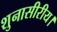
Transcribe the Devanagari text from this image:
शुनासीरीय।